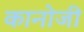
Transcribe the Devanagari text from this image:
कानोजी